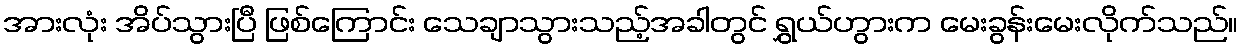
အားလုံး အိပ်သွားပြီ ဖြစ်ကြောင်း သေချာသွားသည့်အခါတွင် ရွှယ်ဟွားက မေးခွန်းမေးလိုက်သည်။